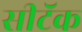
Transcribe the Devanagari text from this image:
सीटॅक